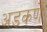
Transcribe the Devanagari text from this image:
अडकणे